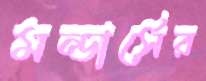
মন্ডার্সের